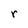
Character: r